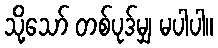
သို့သော် တစ်ပုဒ်မျှ မပါပါ။